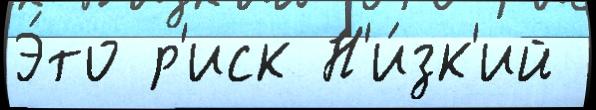
Э́то р'иск Н'и́зк'ий